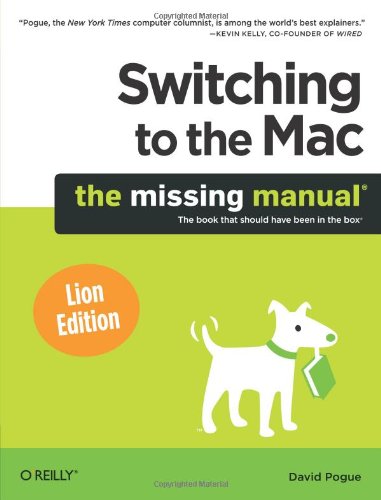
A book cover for Switching to the Mac: The Missing Manual, Lion Edition (Missing Manuals); David Pogue; Computers & Technology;